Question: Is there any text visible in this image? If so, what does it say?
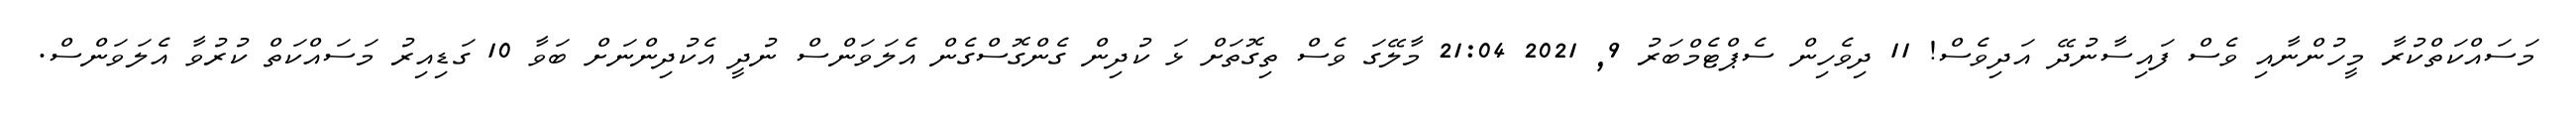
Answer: މަސައްކަތްކުރާ މީހުންނާއި ވެސް ފައިސާނުދޭ އަދިވެސް! 11 ދިވެހިން ސެޕްޓެމްބަރު 9, 2021 21:04 މާލޭގަ ވެސް ތިގޮތަށް ޅަ ކުދިން ގެންގޮސްގެން އެލަވަންސް ނުދީ އެކުދިންނަށް ބަވާ 10 ގަޑިއިރު މަސައްކަތް ކުރުވާ އެލަވަންސް.